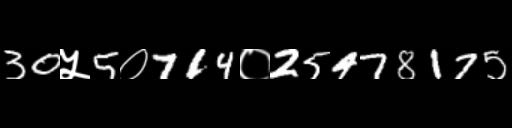
Text: 30५5०714०25478175